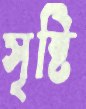
সৃষ্টি